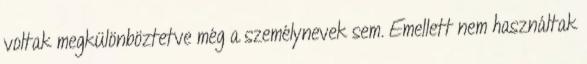
voltak megkülönböztetve még a személynevek sem. Emellett nem használtak